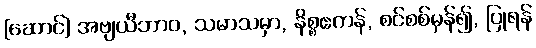
[ဆောင်] အဗျယီဘာဝ, သမာသမှာ, နိစ္စဧကန်, စင်စစ်မှန်၍, ပြုရန်